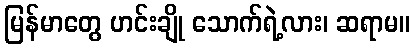
မြန်မာတွေ ဟင်းချို သောက်ရဲ့လား၊ ဆရာမ။